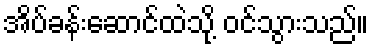
အိပ်ခန်းဆောင်ထဲသို့ ဝင်သွားသည်။